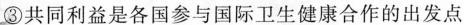
③共同利益是各国参与国际卫生健康合作的出发点